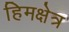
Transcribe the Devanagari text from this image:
हिमक्षेत्र